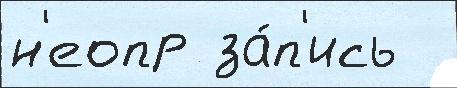
н'еопр за́п'ись